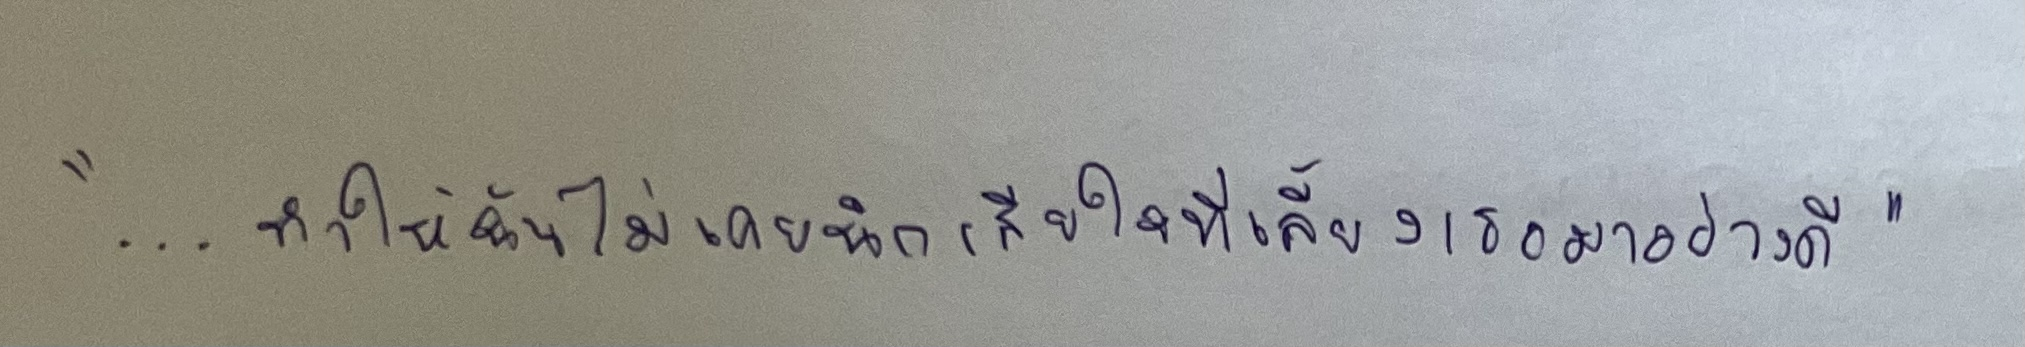
"...ทำให้ฉันไม่เคยนึกเสียใจที่เลี้ยงเธอมาอย่างดี"